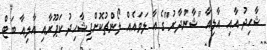
ޝާހިދު އާއި އާލިއާ "ޝާންދާރު"ގެ އާ ލަވައެއް ލޯންޗުކޮށްފިޝާހިދު ކަޕޫރާއި އާލިއާ ބަޓް